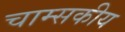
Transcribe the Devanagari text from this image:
चाम्सकीय